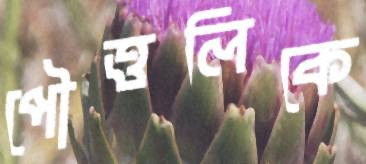
পৌত্তলিকে